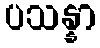
ပသန္နာ